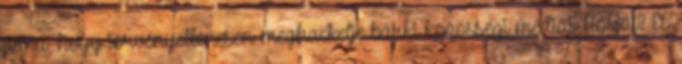
arra, hogy törvényellenesen meghackelje bárki közösségi médiás fiókját? És